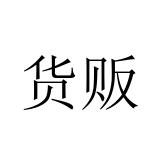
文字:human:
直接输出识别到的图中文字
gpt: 货贩